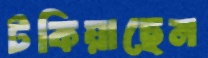
টকিয়াছেন